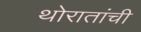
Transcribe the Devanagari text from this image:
थोरातांची